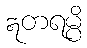
ဣတရမ္ပိ